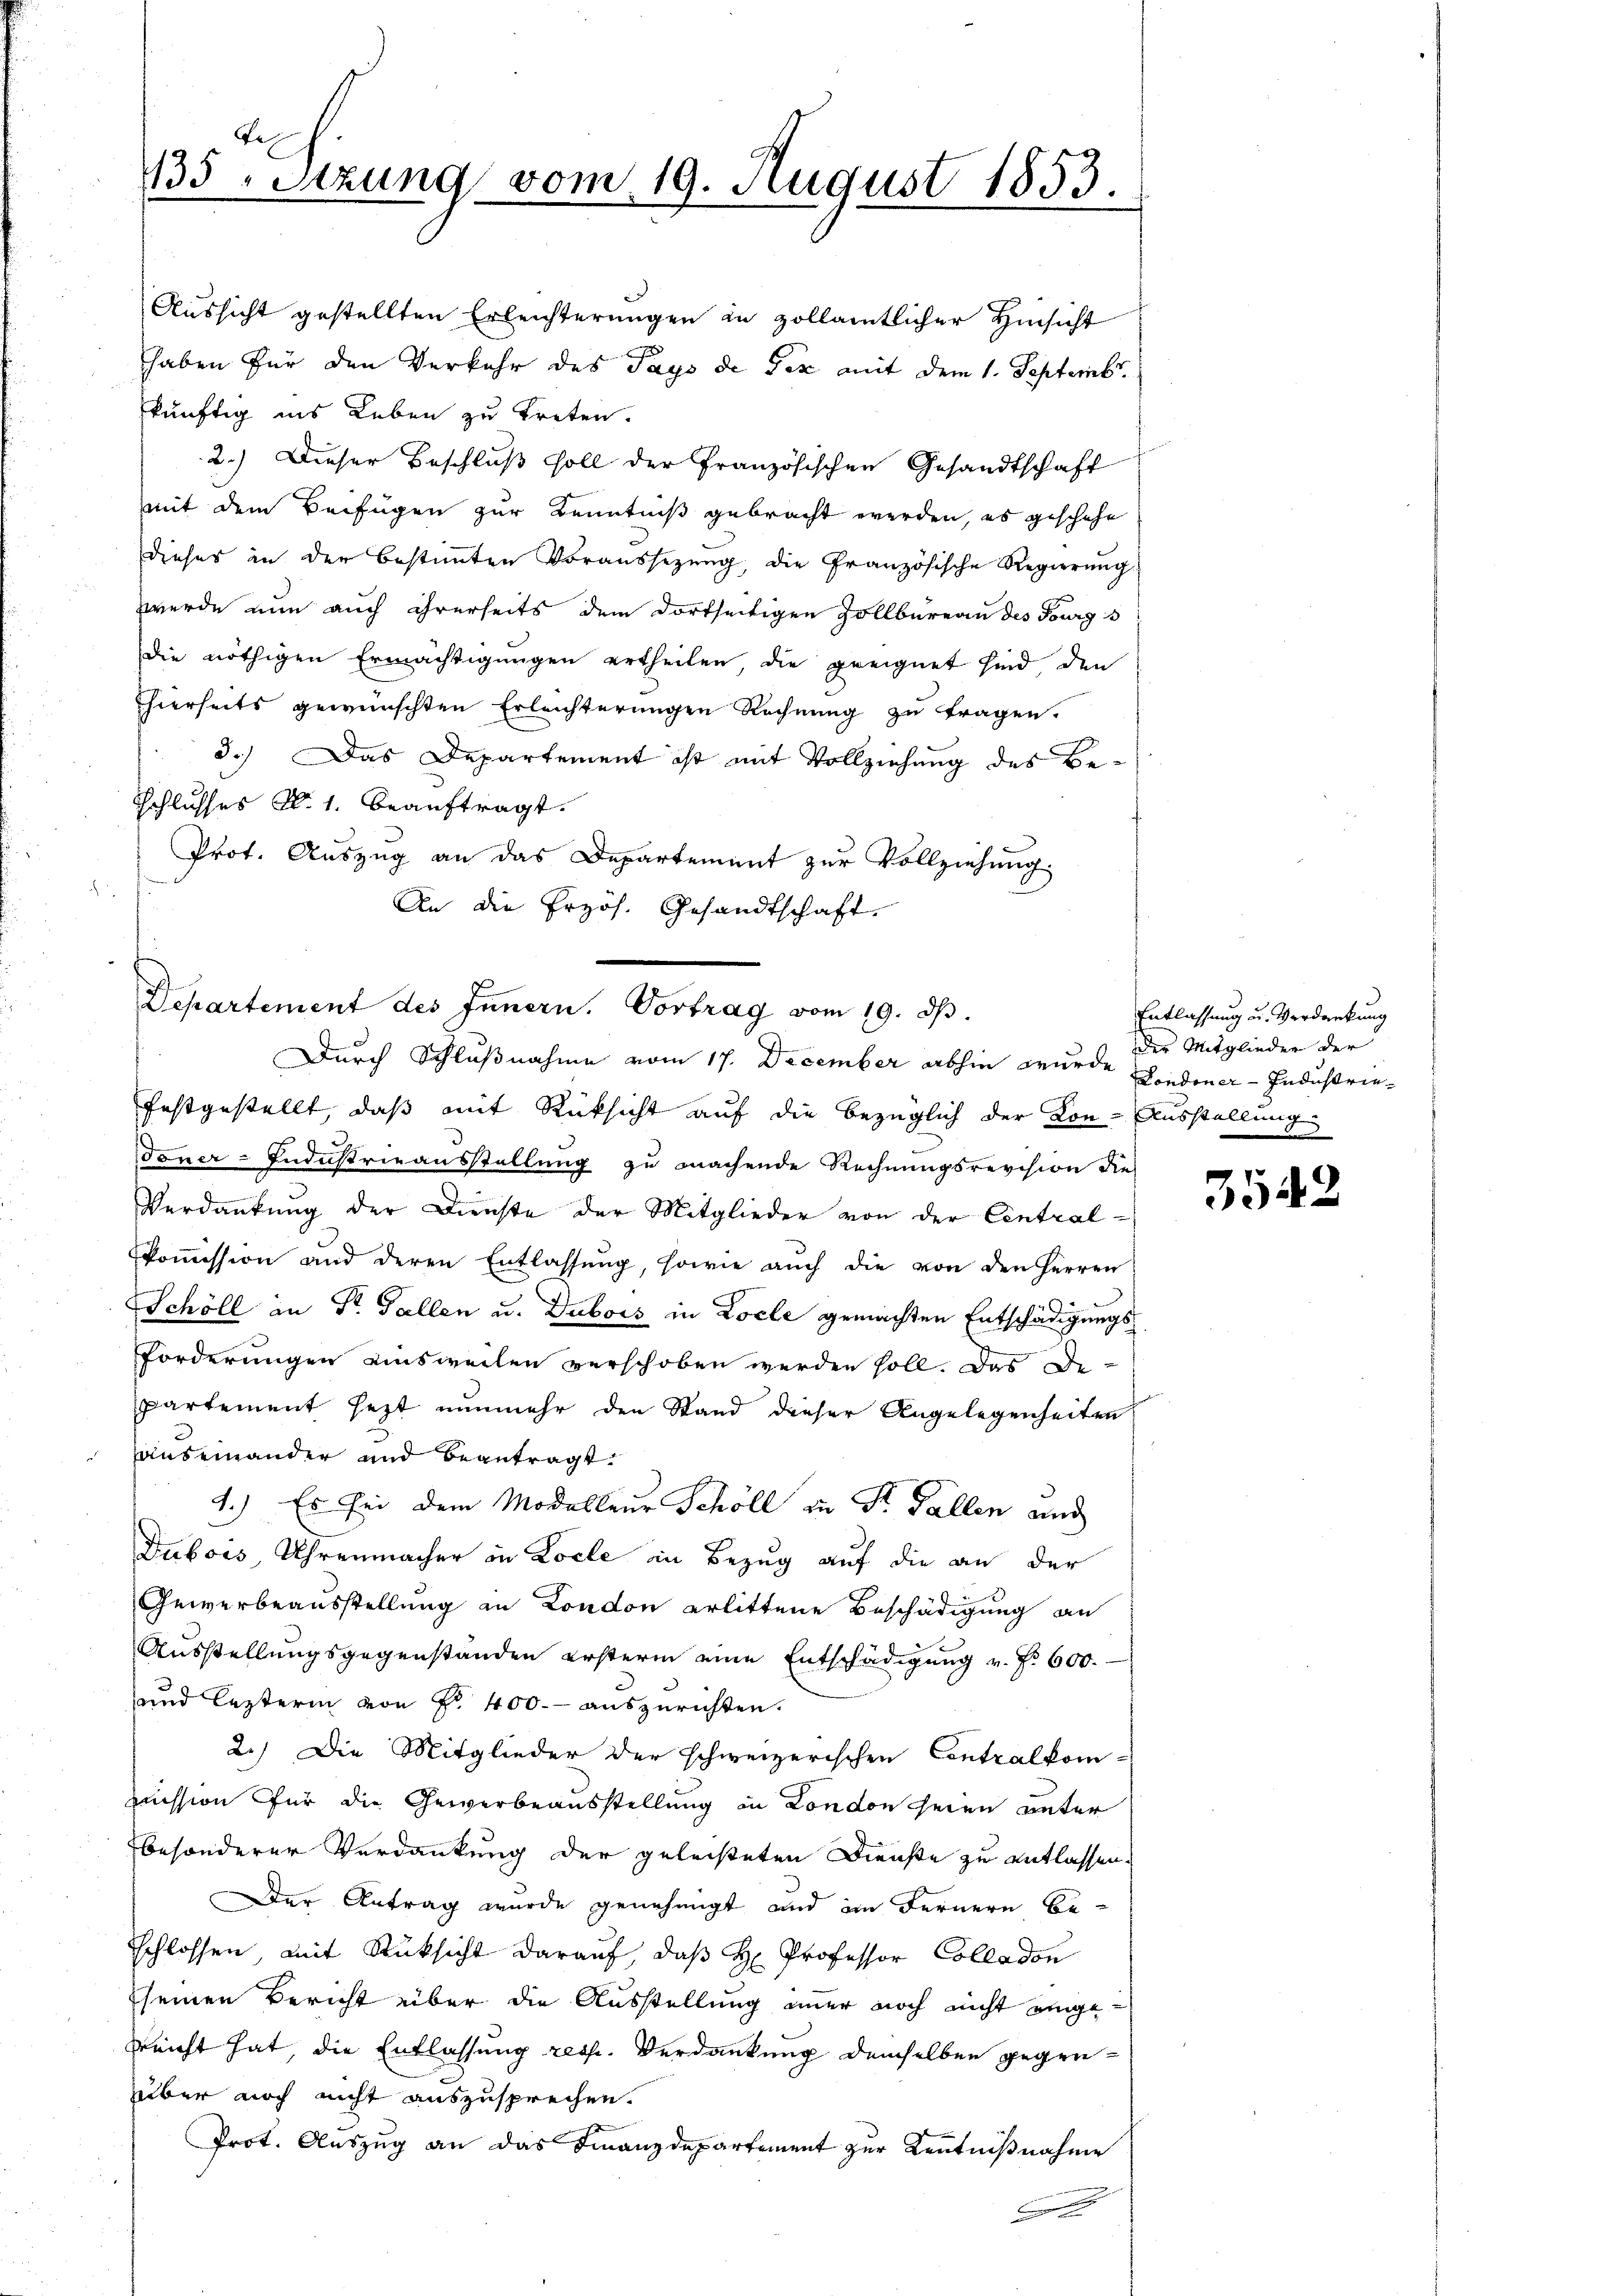
Aussicht gestellten Erleichterungen in zollamtlicher Hinsicht
haben für den Verkehr des Pays de Tex mit dem 1. Septemb
künftig ins Leben zu treten.
2.) Dieser Beschluß soll der Französischen Gesandtschaft
mit dem Beifügen zur Kenntniß gebracht werden, es geschehe
Dieses in der bestimmten Voraussezung, die Französische Regierŭng
werde nun auch ihrerseits dem dortseitigen Zollbüreau des Fourg s
die nöthigen Ermächtigungen ertheilen die geeignet sind den
hierseits gewünschten Erleichterungen Rechnung zu tragen.
d.) Das Departement ist mit Vollziehung des Be¬
Schlusses Al. 1. beauftragt.
Prot. Auszug an das Departement zur Vollziehung.
An die Przös. Gesandtschaft.
Departement des Innern, Vortrag vom 19. ds.
festgestellt, daß mit Rücksicht auf die bezüglich der Kon-Ausstellung
Toner-Industrieausstellung zu machende Rechnungsrevision die
Verdankung der Dienste der Mitglieder von der Central-
Commission und deren Entlassung, sowie auch die von den Herren
Schöll an Dr. Gallen u. Dubois in Locle gemachten Entschädigungs
Forderungen einsweilen verschoben werden soll. Das De-
partement jezt nunmehr den Stand dieser Angelegenheiten
auseinander und begutragt.
1.) Es bei dem Modelleur Schöll in St. Gallen und
Dubois Uhrenmacher in Kolle in Bezug auf die an der
Gewerbeausstellung zu London erlittene Beschädigung an
Ausstellungsgegenständen erstern eine Entschädigŭng v. f. 600.
und lezterm von Fr. 400.- auszurichten.
2.) Die Mitglieder der schweizerischen Contralkommission für die Gewerbeausstellung in London seien unter
besonderer Verdankung der geleisteten Dienste zu entlassen.
Der Antrag wurde genehmigt und im Fernern be-
schlossen, mit Rücksicht darauf, daß H. Professor Colladon
seinen Bericht über die Ausstellung immer noch nicht eingesreicht hat, die Entlassung resp. Verdankung demselben gegenüber noch nicht auszusprechen.
Prot. Auszug an das Finanzdepartement zur Kenntnißnahme

Tes
135, Sitzung vom 19. August 1853.

Durch Schlußnahme vom 17. December abhin wurde Londoner-Industrie¬

Entlassung u. Verdankung
der Mitglieder der

3542